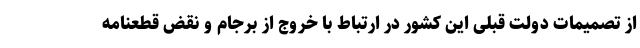
از تصمیمات دولت قبلی این کشور در ارتباط با خروج از برجام و نقض قطعنامه